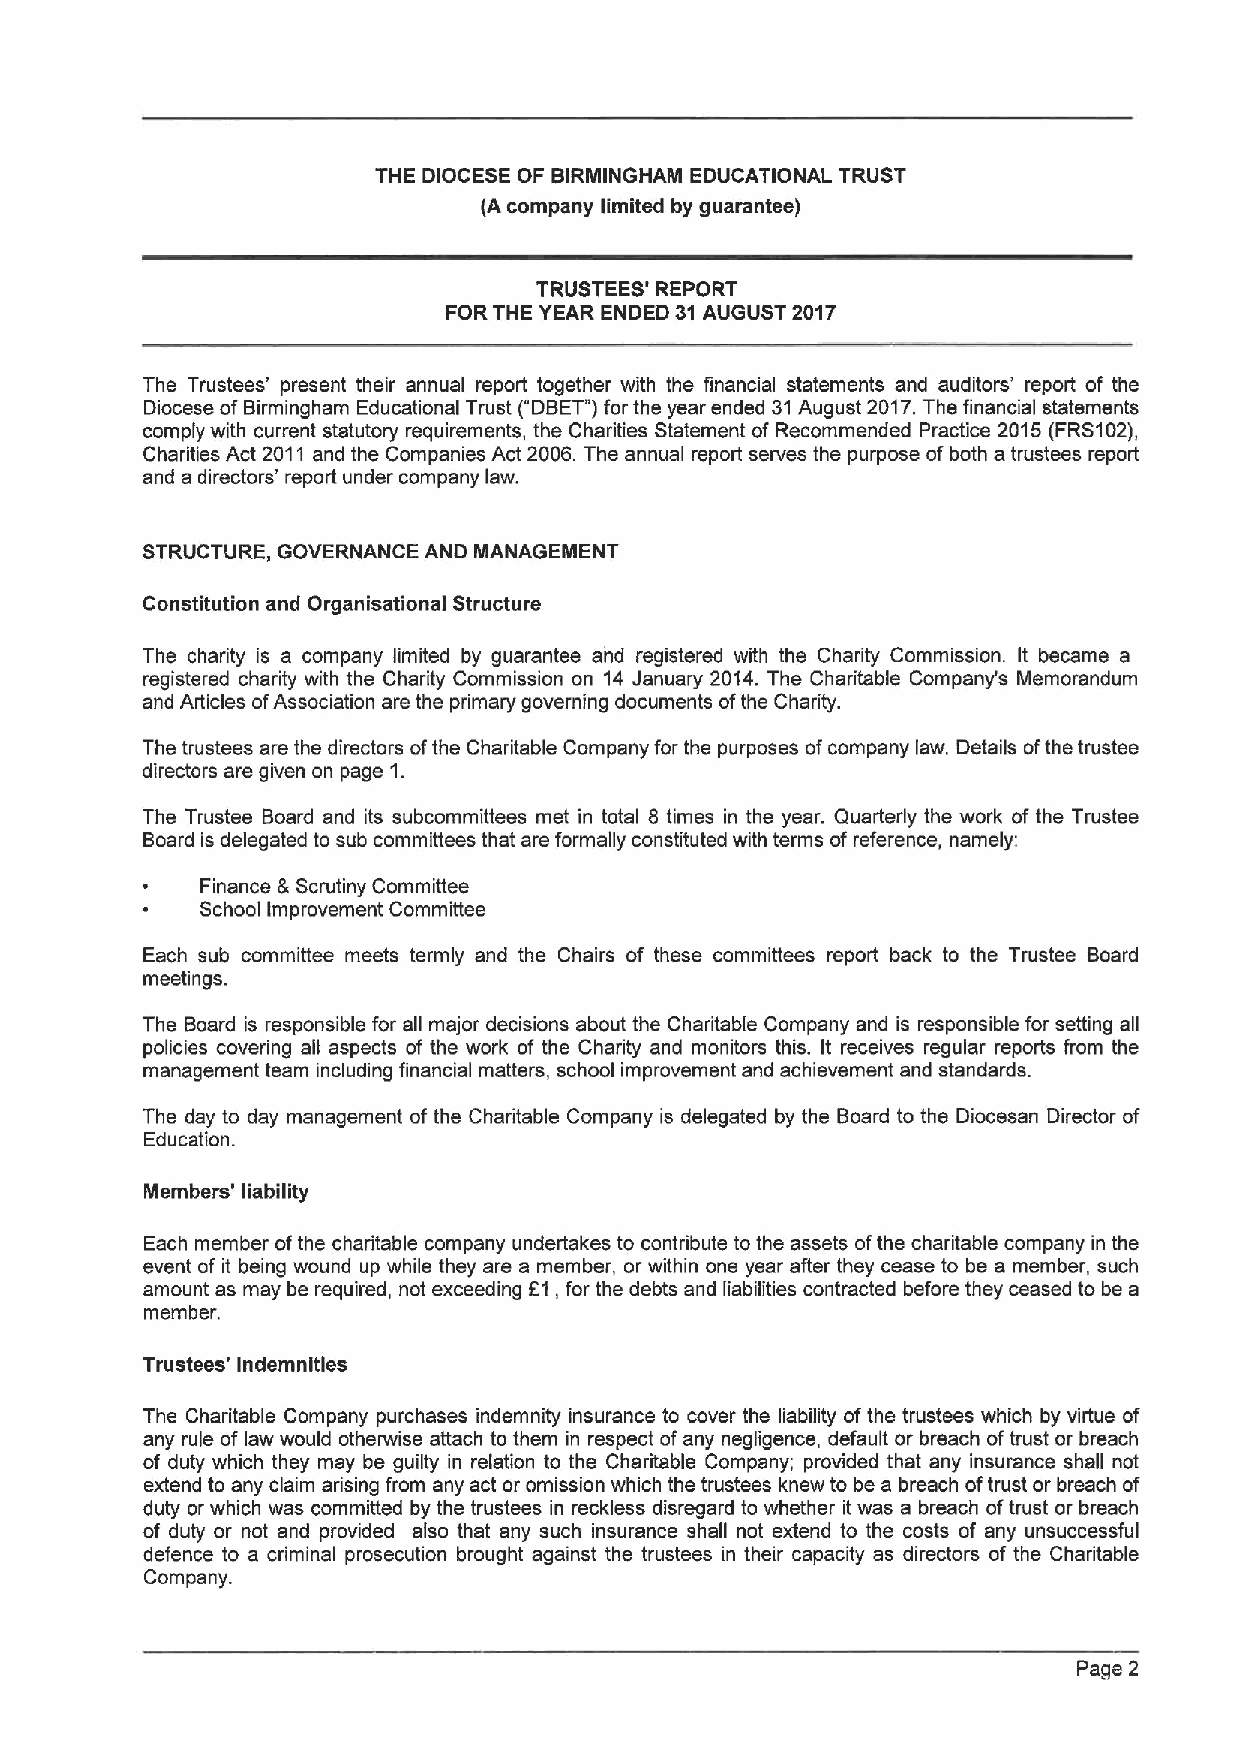
THE DIOCESE OF BIRMINGHAM EDUCATIONAL TRUST
 (Acompany limited by guarantee)
 TRUSTEES' REPORT
 FORTHE YEAR ENDED 31AUGUST 2017
 The Trustees' present their annual report together with the financial statements and auditors' report of the
 Diocese ofBirmingham Educational Trust ("DBET")for the year ended 31August 2017.The financial statements
 comply with current statutory requirements, the Charities Statement of Recommended Practice 2015 (FRS102),
 Charities Act 2011 and the Companies Act 2006.The annual report serves the purpose ofboth a trustees report
 and a directors' report under company law.
 STRUCTURE, GOVERNANCE AND MANAGEMENT
 Constitution and Organisational Structure
 The charity is a company limited by guarantee and registered with the Charity Commission. It became a
 registered charity with the Charity Commission on 14 January 2014.The Charitable Company's Memorandum
 and Articles ofAssociation are the primary governing documents ofthe Charity.
 The trustees are the directors ofthe Charitab(e Company for the purposes ofcompany law. Details ofthe trustee
 directors are given on page 1.
 The Trustee Board and its subcommittees met in total 8 times in the year. Quarterly the work of the Trustee
 Board is delegated to sub committees that are formally constituted with terms of reference, namely:
 Finance &Scrutiny Committee
 School Improvement Committee
 Each sub committee meets termly and the Chairs of these committees report back to the Trustee Board
 meetings.
 The Board is responsible for all major decisions about the Charitable Company and is responsible for setting all
 policies covering all aspects of the work of the Charity and monitors this. It receives regular reports from the
 management team including financial matters, school improvement and achievement and standards.
 The day to day management of the Charitable Company is delegated by the Board to the Diocesan Director of
 Education.
 Members' liability
 Each member ofthe charitable company undertakes to contribute to the assets ofthe charitable company in the
 event of it being wound up while they are a member, or within one year after they cease to be a member, such
 amount as may be required, not exceeding F1,for the debts and liabilities contracted before they ceased to be a
 member.
 Trustees' indemnities
 The Charitable Company purchases indemnity insurance to cover the liability ofthe trustees which by virtue of
 any rule of law would otherwise attach to them in respect ofany negligence, default or breach oftrust or breach
 of duty which they may be guilty in relation to the Charitable Company; provided that any insurance shall not
 extend to any claim arising from any act or omission which the trustees knew to be a breach oftrust or breach of
 duty or which was committed by the trustees in reckless disregard to whether it was a breach oftrust or breach
 of duty or not and provided also that any such insurance shall not extend to the costs of any unsuccessful
 defence to a criminal prosecution brought against the trustees in their capacity as directors of the Charitable
 Company.
 Page 2